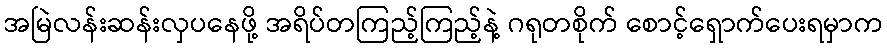
အမြဲလန်းဆန်းလှပနေဖို့ အရိပ်တကြည့်ကြည့်နဲ့ ဂရုတစိုက် စောင့်ရှောက်ပေးရမှာက